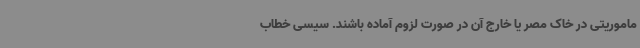
ماموریتی در خاک مصر یا خارج آن در صورت لزوم آماده باشند. سیسی خطاب